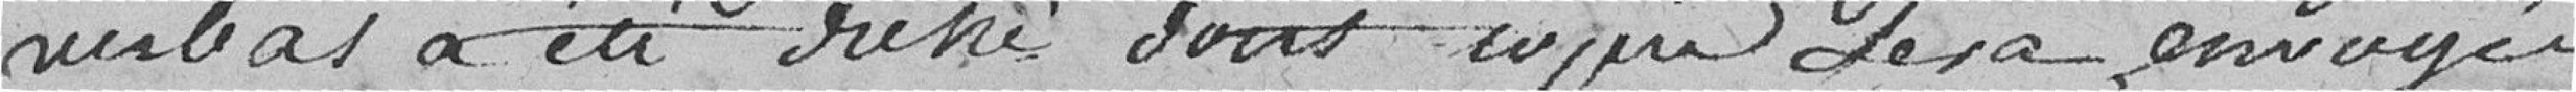
verbal a été dressé dont copie sera envoyée